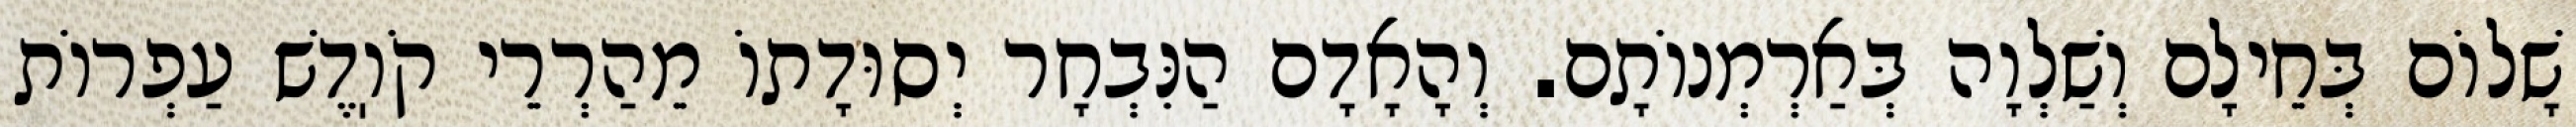
שָׁלוֹם בְּחֵילָם וְשַׁלְוָה בְּאַרְמְנוֹתָם. וְהָאָדָם הַנִּבְחָר יְסוּדָתוֹ מֵהַרְרֵי קֹוֽדֶשׁ עַפְרוֹת